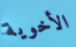
الأخوية